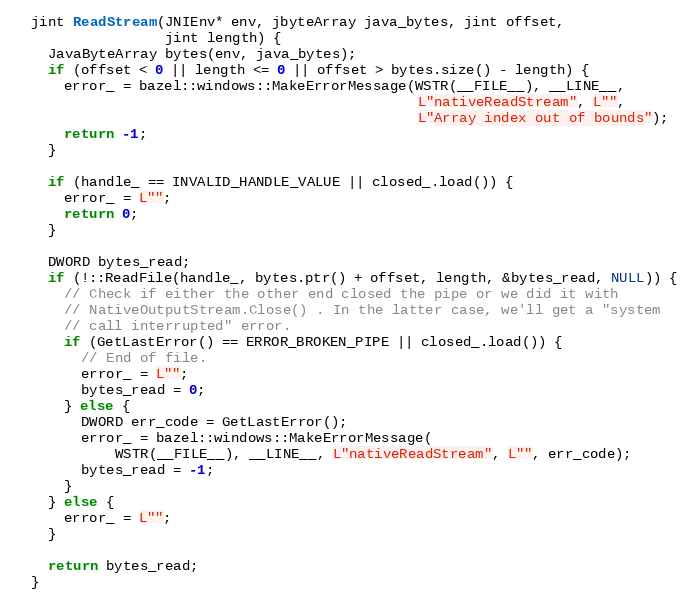
Language: C++
  jint ReadStream(JNIEnv* env, jbyteArray java_bytes, jint offset,
                  jint length) {
    JavaByteArray bytes(env, java_bytes);
    if (offset < 0 || length <= 0 || offset > bytes.size() - length) {
      error_ = bazel::windows::MakeErrorMessage(WSTR(__FILE__), __LINE__,
                                                L"nativeReadStream", L"",
                                                L"Array index out of bounds");
      return -1;
    }

    if (handle_ == INVALID_HANDLE_VALUE || closed_.load()) {
      error_ = L"";
      return 0;
    }

    DWORD bytes_read;
    if (!::ReadFile(handle_, bytes.ptr() + offset, length, &bytes_read, NULL)) {
      // Check if either the other end closed the pipe or we did it with
      // NativeOutputStream.Close() . In the latter case, we'll get a "system
      // call interrupted" error.
      if (GetLastError() == ERROR_BROKEN_PIPE || closed_.load()) {
        // End of file.
        error_ = L"";
        bytes_read = 0;
      } else {
        DWORD err_code = GetLastError();
        error_ = bazel::windows::MakeErrorMessage(
            WSTR(__FILE__), __LINE__, L"nativeReadStream", L"", err_code);
        bytes_read = -1;
      }
    } else {
      error_ = L"";
    }

    return bytes_read;
  }